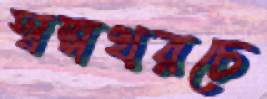
স্বল্পখরচে